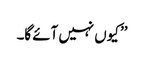
’’ کیوں نہیں آئے گا۔